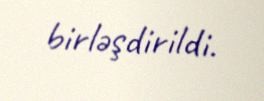
birləşdirildi.